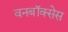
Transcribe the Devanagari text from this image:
वनबॉक्सेस